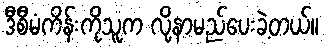
ဒီစီမံကိန်းကိုသူက လို့နာမည်ပေးခဲ့တယ်။